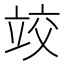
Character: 𰩤